system: You are a helpful assistant.
user:
Analyze the provided spectrum to determine if it is a **"Cataclysmic Variables (CV)"**.

- **Key Indicators for CV (Check for either state):**
    - **State 1: Quiescent / Low-State (Emission-Dominated)**
        - **(Primary):** Strong and *very broad* Hydrogen Balmer emission lines (e.g., $H\alpha$ at 6563 Å, $H\beta$ at 4861 Å). The 'broadness' (high velocity dispersion, often FWHM > 1000 km/s) is the key diagnostic, indicating a high-velocity accretion disk.
        - **(Secondary):** Broad neutral Helium (He I) emission lines (e.g., 5876 Å, 6678 Å).
        - **(Key Confirmation):** Presence of high-excitation *ionized* Helium (He II) emission at 4686 Å. This is a strong indicator of accretion onto a white dwarf.
        - **(Line Profile):** Emission lines may exhibit a 'double-peaked' profile, which is a classic signature of a rotating accretion disk viewed at high inclination.

    - **State 2: Outburst / High-State (Absorption-Dominated)**
        - **(Primary):** Spectrum is dominated by a bright, blue continuum (looks like a hot star).
        - **(Secondary):** The emission lines from State 1 are weak, absent, or 'filled in', and are replaced by broad, shallow *absorption* lines (primarily Balmer and He I).
        - **(Morphology):** The overall spectrum mimics a hot B/A-type star. The crucial difference is that the absorption lines are significantly broader, shallower, and more 'washed-out' (or 'smeared') than the sharp lines of a normal stellar photosphere, due to high rotational speeds and pressure broadening in the disk.

Think first, call **spectral_visualization_tool** if needed to examine features in detail, then provide your final answer. Your response must adhere to the following strict rules:
1.  **Overall Structure:** Your response must follow the format `<think>...</think> <tool_call>...</tool_call> (if a tool is used) <answer>...</answer>`.
2.  **Tool Usage Constraint:** You may only make **one** tool call per turn.
3.  **Final Answer Format:** In the `<answer>` tag, your conclusion must be inside a `\boxed{}` command (e.g., `\boxed{YES}`), followed by your justification.

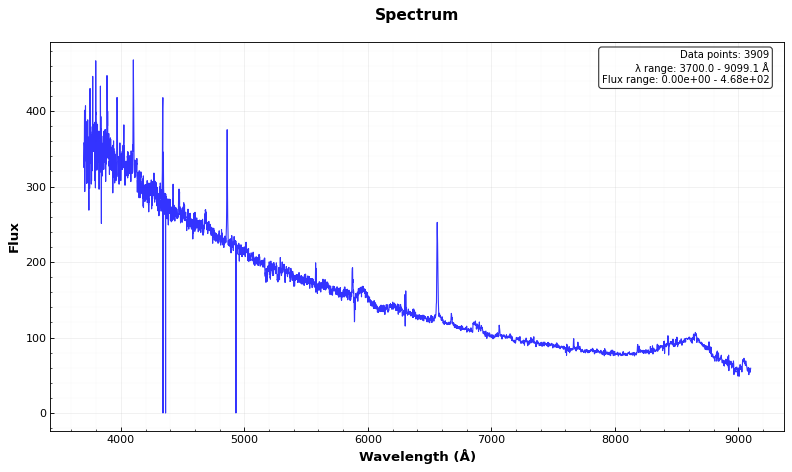
Answer: YES